Report on vaccination in Madras 1904-1921 - 1904-1921
Year: 1904
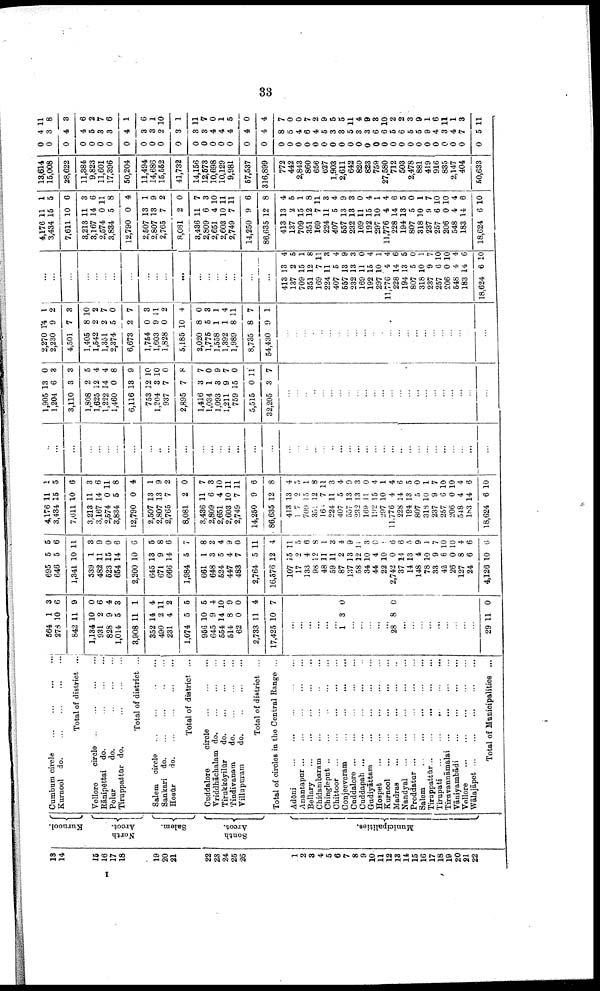
33
18
14
15
16
17
18
19
20
21
22
23
24
25
26
1
2
8
4
5
6
7
8
9
10
11
12
13
14
I5
16
17
18
19
20
21
22
Kurnool.
North
Arcot.
Salem.
South
Arcot.
Municipalities.
Cumbum circle
...
...
...
...
Kurnool do.
...
...
...
...
Total of district ...
Vellore
circle
...
...
...
...
Rānipēttai do.
...
...
...
Polar
do.
...
...
...
Tiruppattūr do. ... ... ...
Total of district ...
Salem circle
...
...
...
...
Sankari do.
...
...
...
...
Hosūr
do. ... ... ... ...
Total of district ...
Cuddalore
circle
...
...
...
Vriddhāchalam
do. ... ... ...
Tirukkōyilūr
do. ... ... ...
Tindivanam
do. ... ... ...
Villupuram
do.
...
...
...
Total of district ...
Total of circles in the Central Range ...
Adōni
...
...
...
...
...
Anantapnr
...
...
...
...
...
Bellary ... ... ... ... ...
Chidambaram ... ... ... ...
Chingleput ... ... ... ...
Chittoor
...
...
...
...
...
Conjeeveram
...
...
...
...
Cuddalore ... ... ... ... ... ...
Cuddapah ... ... ... ... ...
Gudiyāttam
...
...
...
...
Hospet
...
...
...
...
...
Kurnool
...
...
...
...
Madras ... ... ... ... ...
Nandyal
...
...
...
...
...
Proddatar
...
...
...
...
...
Salem ... ... ... ... ...
Tiruppattūr
...
...
...
...
...
Tirupati
...
...
...
...
...
Tiruvannāmalai
...
...
...
...
Vāniyambādi
...
...
...
...
Vellore
...
...
...
...
...
Wālajāpet
...
...
...
...
...
Total of Municipalities ...
564
278
842
1,134
931
828
1,014
3,908
352
490
231
1,074
956
645
554
514
62
2,733
17,425
1
10
11
10
2
9
5
11
14
2
4
5
10
9
14
8
0
11
10
3
6
9
0
6
4
3
1
4
11
2
5
5
4
10
9
0
4
7
...
...
...
...
...
...
1 3 0
...
...
...
...
...
28 8 0
...
...
...
...
...
...
...
...
...
29 11 0
695
646
1,341
539
482
523
654
2,200
645
671
666
1,984
661
648
524
447
488
2,764
16,576
107
17
133
98
48
59
87
137
58
34
44
22
2,742
37
14
148
78
33
42
26
127
24
4,126
5
5
10
1
11
15
14
10
18
9
14
5
1
8
5
4
7
5
12
15
9
4
12
11
11
2
13
12
10
4
10
0
14
13
4
10
9
6
0
8
6
10
5
6
11
3
9
0
6
6
5
8
6
7
8
2
4
9
0
11
4
11
5
6
8
1
3
4
9
11
3
0
1
6
6
5
9
1
7
10
10
4
6
6
4,176
3,434
7,611
3,213
3,167
2,574
3,834
12,790
2,507
2,807
2,765
8,081
3,436
2,809
2,651
2,603
2,749
14,250
86,635
413
17
709
351
164
224
407
557
232
169
192
297
11,776
228
194
807
318
237
257
206
548
183
18,624
11
15
10
11
14
0
5
0
13
13
7
2
11
6
4
10
7
9
12
13
2
15
12
7
11
5
13
13
11
15
10
4
14
13
5
10
9
6
0
4
14
6
1
5
6
3
6
11
8
4
1
9
2
0
7
8
10
11
11
6
8
4
5
1
8
11
3
4
9
3
0
4
1
4
6
5
0
1
7
10
10
4
6
10
...
...
...
...
...
...
...
...
...
...
...
...
...
...
...
...
...
...
...
...
...
...
...
...
...
...
...
...
...
...
...
...
...
...
...
...
...
...
...
...
...
...
1,905
1,204
3,110
1,808
1,625
1,222
1,460
6,116
753
1,204
937
2,895
1,416
1,034
1,093
1,211
759
5,515
32,205
13
6
3
2
12
14
0
13
12
3
7
7
3
1
3
9
15
0
3
0
3
8
5
4
4
8
9
10
10
0
8
7
0
9
7
0
11
7
...
...
...
...
...
...
...
...
...
...
...
...
...
...
...
...
...
...
...
...
...
...
...
2,270
2,230
4,501
1,405
1,542
1,351
2,374
6,678
1,754
1,603
1,828
5,185
2,020
1,775
1,558
1,392
1,989
8,735
54,430
14
9
7
8
2
2
5
2
0
9
0
10
8
5
1
1
8
8
9
1
2
3
10
2
7
0
7
3
11
2
4
0
3
1
4
11
7
1
...
...
...
...
...
...
...
...
...
...
...
...
...
...
...
...
...
...
...
...
...
...
...
...
...
...
...
...
...
...
...
...
...
...
...
...
...
...
...
...
...
...
413
137
709
351
169
224
407
557
232
169
192
297
11,776
228
194
807
318
237
257
206
548
183
18,624
13
2
15
12
7
11
5
13
13
11
15
10
4
14
13
5
10
9
6
0
4
14
6
4
5
1
8
11
3
4
9
3
0
4
1
4
6
5
0
1
7
10
10
4
6
10
4,176
3,434
7,611
3,213
3,167
2,574
3,834
12,790
2,507
2,807
2,765
8,081
3,436
2,809
2,651
2,608
2,749
14,250
86,635
413
137
709
351
169
224
407
557
232
169
192
297
11,776
228
194
807
318
237
257
206
548
183
18,624
11
15
10
11
14
0
5
0
13
18
7
2
11
6
4
10
7
9
12
13
2
15
12
7
11
5
13
13
11
15
10
4
14
13
5
10
9
6
0
4
14
6
1
5
6
3
6
11
8
4
1
9
2
0
7
3
10
11
11
6
8
4
5
1
8
11
3
4
9
3
0
4
1
4
6
5
0
1
7
10
10
4
6
10
13,614
15,008
28,622
11,384
9,823
11,601
17,396
50,204
11,494
14,686
15,552
41,732
14,156
12,573
10,698
10,129
9,981
57,537
316,899
772
442
2,843
860
656
627
1,903
2,611
642
820
823
759
27,580
712
503
2,478
881
419
916
835
2,147
404
50,633
0
0
0
0
0
0
0
0
0
0
0
0
0
0
0
0
0
0
0
0
0
0
0
0
0
0
0
0
0
0
0
0
0
0
0
0
0
0
0
0
0
0
4
3
4
4
5
3
3
4
3
3
2
3
3
3
4
4
4
4
4
8
5
4
6
4
5
3
3
5
3
3
6
6
5
6
5
5
9
4
3
4
7
5
11
8
3
6
2
7
6
1
6
1
10
1
11
7
0
1
5
0
4
7
0
0
7
2
9
5
5
11
4
9
3
10
2
2
3
9
1
6
11
1
3
11
I